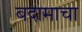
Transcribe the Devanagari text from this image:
बदामाचा